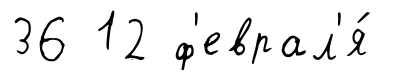
36 12 ф'еврал'я́